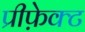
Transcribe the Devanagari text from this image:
प्रीफ़ेक्ट